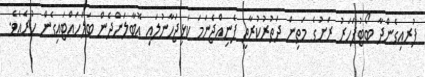
ފުރއިގެންދާ ބޯޓުފަހަރު ރަށުގެ މަތިން ދަތުރުކުރާތީ ފެނިއްޖެނަމަ ކަޅިޖަހާނުލައި އޮބާލަންދެން ބަލަހައްޓައިގެން ހުރެއެވެ.